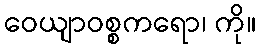
ဝေယျာဝစ္စကရော၊ ကို။